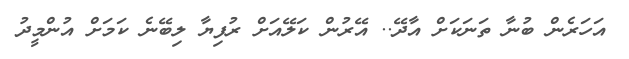
އަހަރެން ބުނާ ތަނަކަށް އާދޭ.. އޭރުން ކަލޭއަށް ރުފިޔާ ލިބޭނެ ކަމަށް އުންމީދު